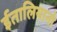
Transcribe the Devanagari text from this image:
ईतालियानो